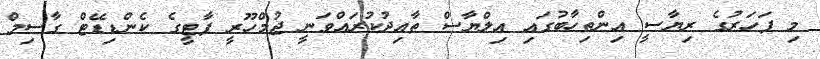
މި ފަހަރުގެ ރިޔާސީ އިންތިހާބުގައި އިލްޔާސް ތާއިދުކުރައްވަނީ ޖުމްހޫރީ ޕާޓީގެ ކެންޑިޑޭޓް ގާސިމް